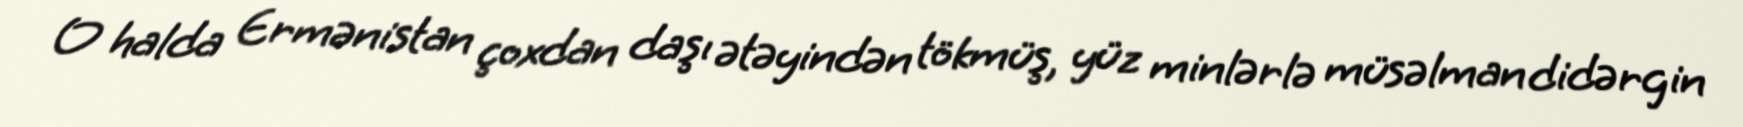
O halda Ermənistan çoxdan daşı ətəyindən tökmüş, yüz minlərlə müsəlman didərgin